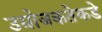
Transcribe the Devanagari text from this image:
उद्योजकतेकडे